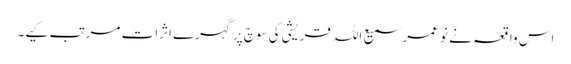
اس واقعہ نے نو عمر سمیع اللہ قریشی کی سوچ پر گہرے اثرات مرتب کیے۔